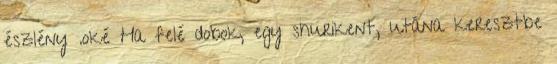
észlény .oké Ha felé dobok, egy shurikent, utána keresztbe